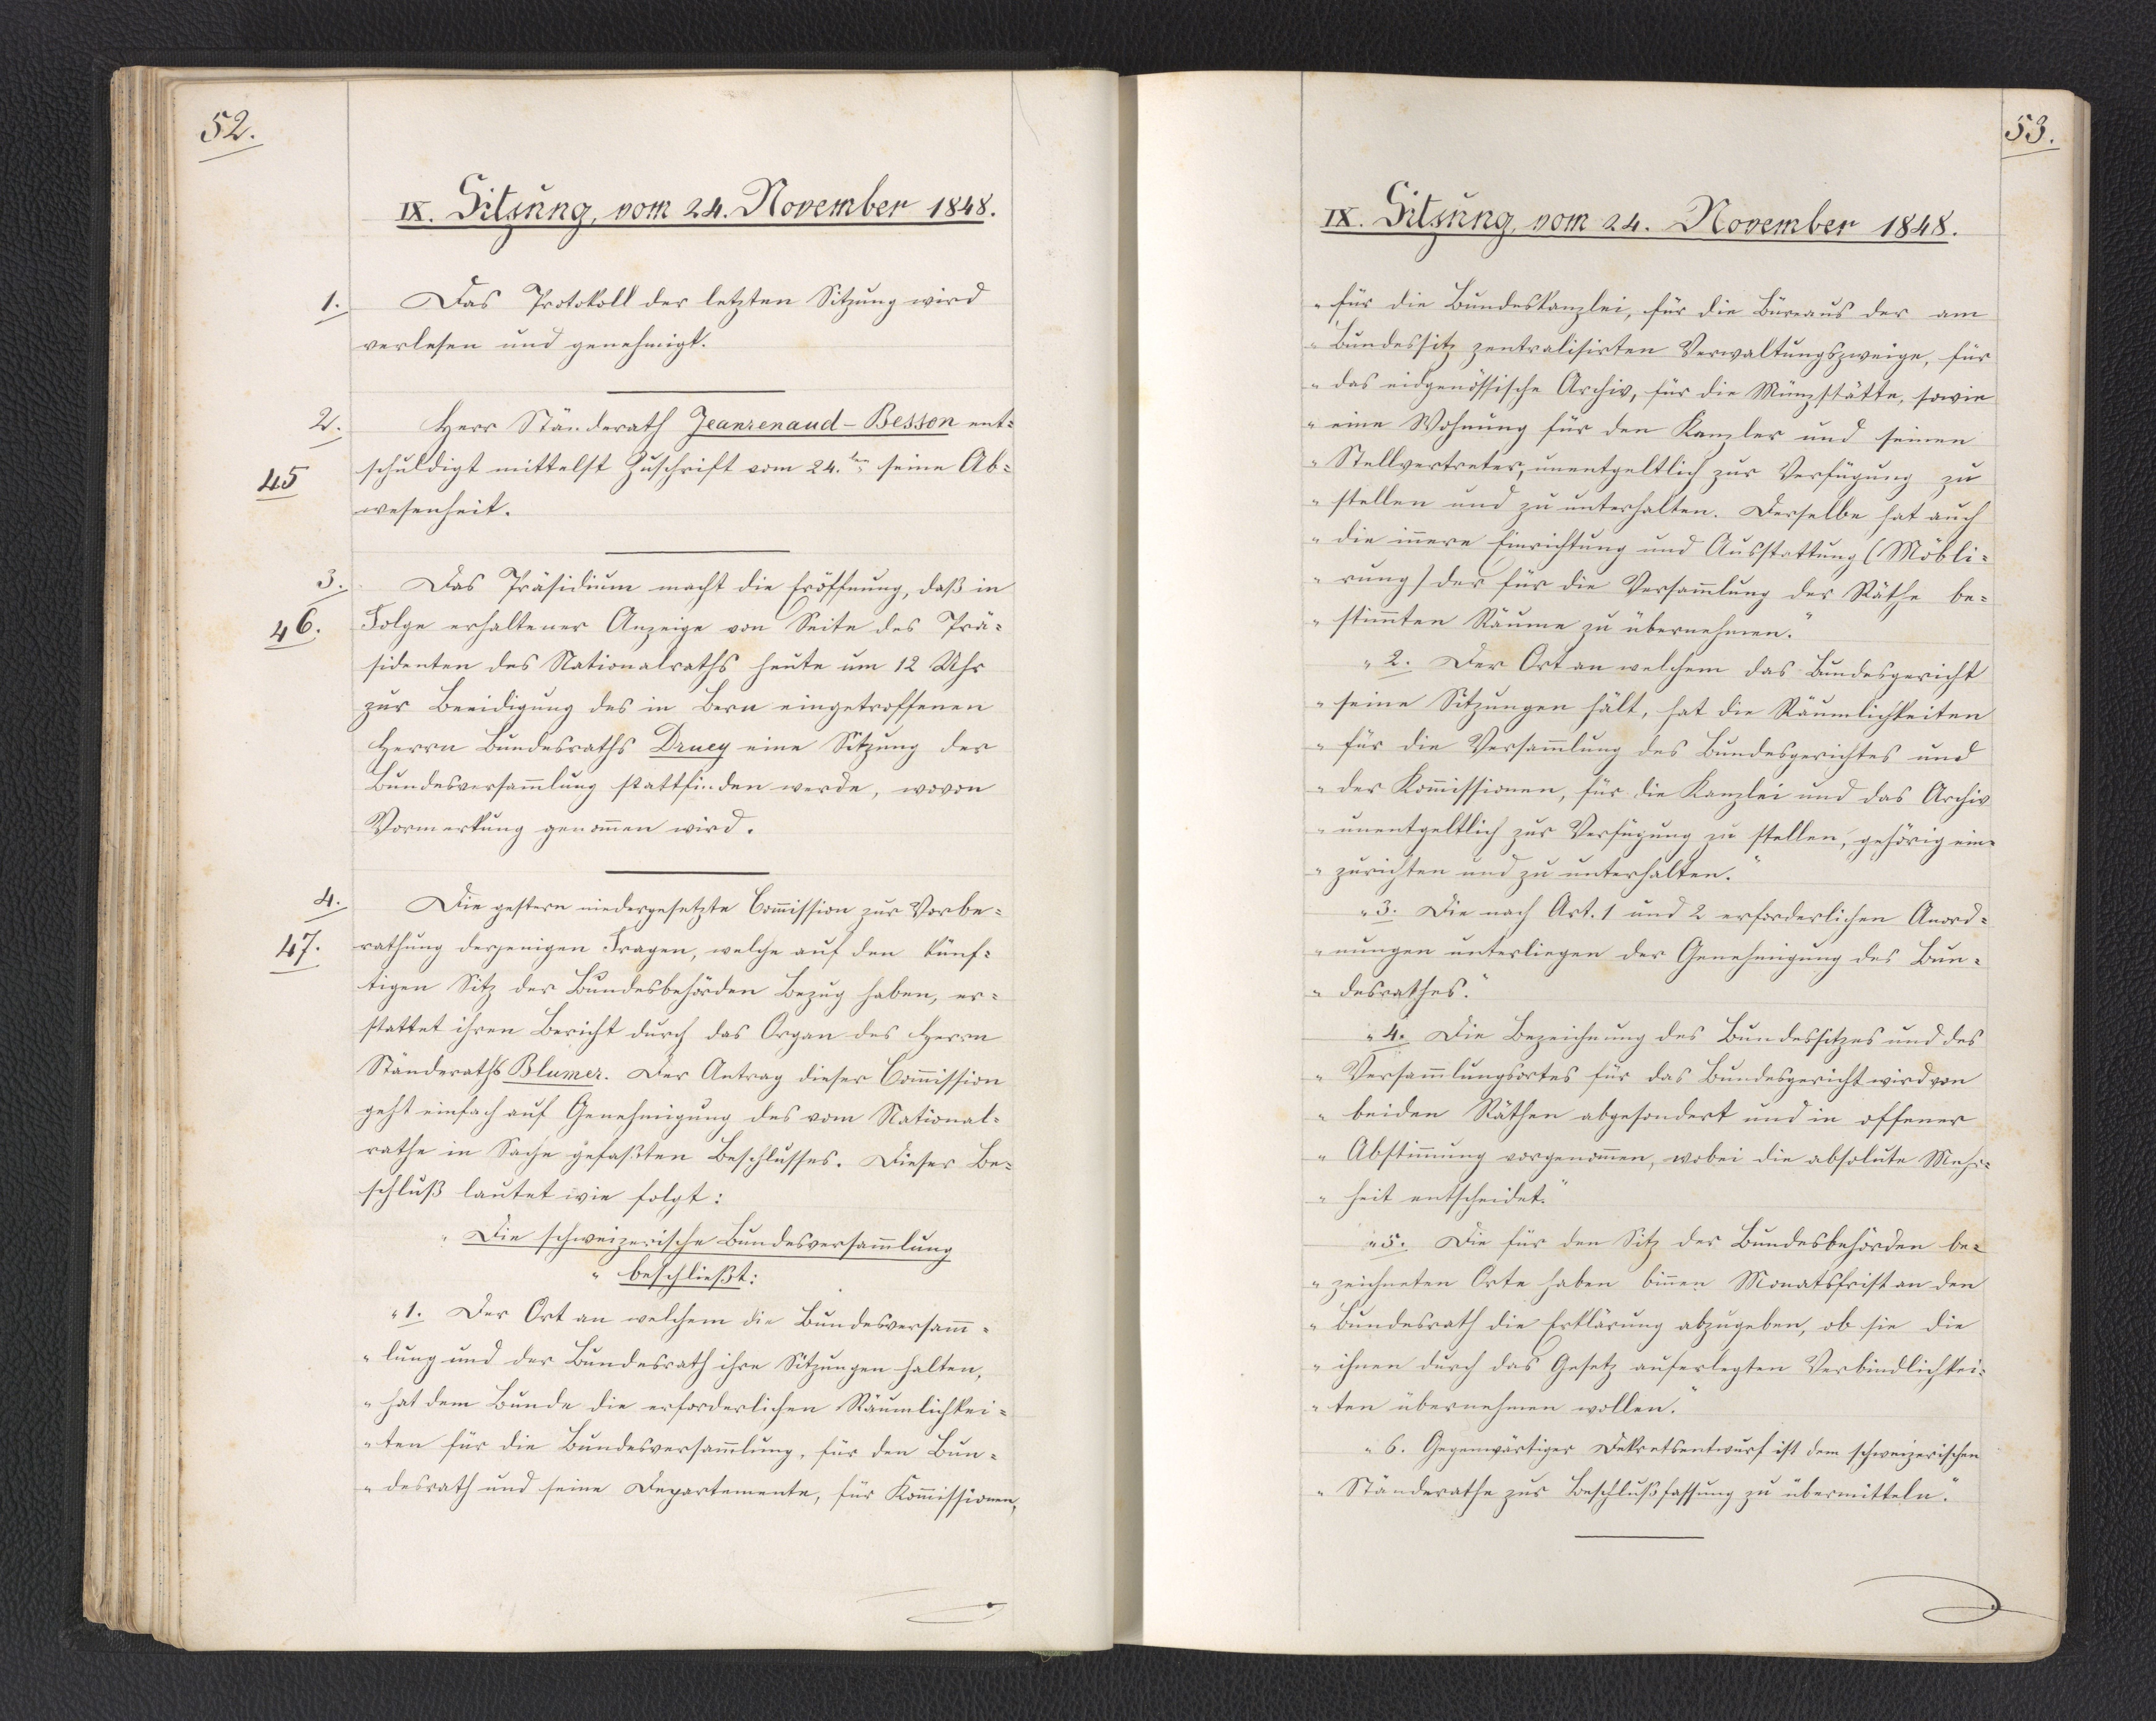
52.

IX. Sitzung, vom 24. November 1848.

Das Protokoll der letzten Sitzung wird
verlesen und genehmigt.
Herr Ständerath Jeanrenaud-Besson ent¬
schuldigt mittelst Zuschrift vom 24.ten seine Ab¬
wesenheit.
Das Präsidium macht die Eröffnung, daß in
Folge erhaltener Anzeige von Seite des Prä¬
sidenten des Nationalraths heute um 12 Uhr
zur Beeidigung des in Bern eingetroffenen
Herrn Bundesraths Druey eine Sitzung der
Bundesversammlung stattfinden werde, wovon
Vormerkung genommen wird.
Die gestern niedergesetzte Commission zur Vorbe¬
rathung derjenigen Fragen, welche auf den künf¬
tigen Sitz der Bundesbehörden Bezug haben, er¬
stattet ihren Bericht durch das Organ des Herrn
Ständeraths Blumer. Der Antrag dieser Commission
geht einfach auf Genehmigung des vom National¬
rathe in Sache gefaßten Beschlusses. Dieser Be¬
schluß lautet wie folgt:
"Die schweizerische Bundesversammlung
beschließt:
1. Der Ort an welchem die Bundesversamm¬
lung und der Bundesrath ihre Sitzungen halten,
hat dem Bunde die erforderlichen Räumlichkei¬
ten für die Bundesversammlung, für den Bun¬
desrath und seine Departemente, für Kommissionen,

1.

2.
45

3.
46.

4.
47.

53.

IX. Sitzung, vom 24. November 1848.

für die Bundeskanzlei, für die Büreaus der am
Bundessitz zentralisirten Verwaltungszweige, für
das eidgenössische Archiv, für die Münzstätte, sowie
eine Wohnung für den Kanzler und seinen
Stellvertreter, unentgeltlich zur Verfügung zu
stellen und zu unterhalten. Derselbe hat auch
die innere Einrichtung und Ausstattung (Möbli¬
rung) der für die Versammlung der Räthe be¬
stimmten Räume zu übernehmen.
2. Der Ort an welchem das Bundesgericht
seine Sitzungen hält, hat die Räumlichkeiten
für die Versammlung des Bundesgerichtes und
der Kommissionen, für die Kanzlei und das Archiv
unentgeltlich zur Verfügung zu stellen, gehörig ein¬
zurichten und zu unterhalten.
3. Die nach Art. 1 und 2 erforderlichen Anord¬
nungen unterliegen der Genehmigung des Bun¬
desrathes.
4. Die Bezeichnung des Bundessitzes und des
Versammlungsortes für das Bundesgericht wird von
beiden Räthen abgesondert und in offener
Abstimmung vorgenommen, wobei die absolute Mehr¬
heit entscheidet.
5. Die für den Sitz der Bundesbehörden be¬
zeichneten Orte haben binnen Monatsfrist an den
Bundesrath die Erklärung abzugeben, ob sie die
ihnen durch das Gesetz auferlegten Verbindlichkei¬
ten übernehmen wollen.
6. Gegenwärtiger Dekretsentwurf ist dem schweizerischen
Ständerathe zur Beschlußfassung zu übermitteln."